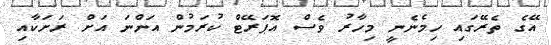
އޭގެ ތެރޭގައި ހިމެނެނީ މިހާރު ވެސް އޮޕަރޭޓް ކުރަމުން އަންނަ އަށް ރަށަކާއި